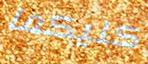
كليكما